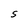
Character: S